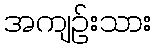
အကျဉ်းသား